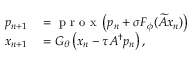
\begin{array} { r l } { p _ { n + 1 } } & { { } = \mathrm { ~ p ~ r ~ o ~ x ~ } \left( p _ { n } + \sigma F _ { \phi } ( \widetilde { A } x _ { n } ) \right) } \\ { x _ { n + 1 } } & { { } = G _ { \theta } \left( x _ { n } - \tau A ^ { \dagger } p _ { n } \right) , } \end{array}